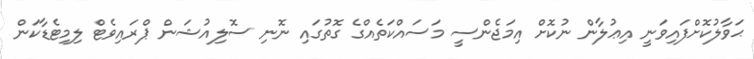
ޙަވާލުކޮށްފައިވަނީ އިޢުލާން ނުކޮށް އިމަޖެންސީ މަސައްކަތެއްގެ ގޮތުގައި ނޮނި ސޮލިއުޝަން ޕްރައިވެޓް ލިމިޓެޑާކަން